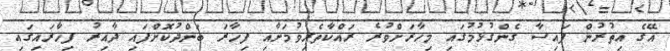
އޭގެ އިތުރުން ފައިސާ ގެންގުޅުމުގައި މިހާރަށްވުރެ ރައްކާތެރިވުމަށާއި ފިހާރަ ބަންދުކޮށްފައި ދާއިރު ފިހާރައިގައި